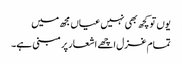
یوں تو کچھ بھی نہیں عیاں مجھ میں
تمام غزل اچھے اشعار پر مبنی ہے۔